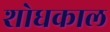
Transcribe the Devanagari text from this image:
शोधकाल